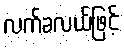
လက်ခလယ်ဖြင့်